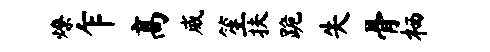
燎乍高威笙扶跪失骨栖